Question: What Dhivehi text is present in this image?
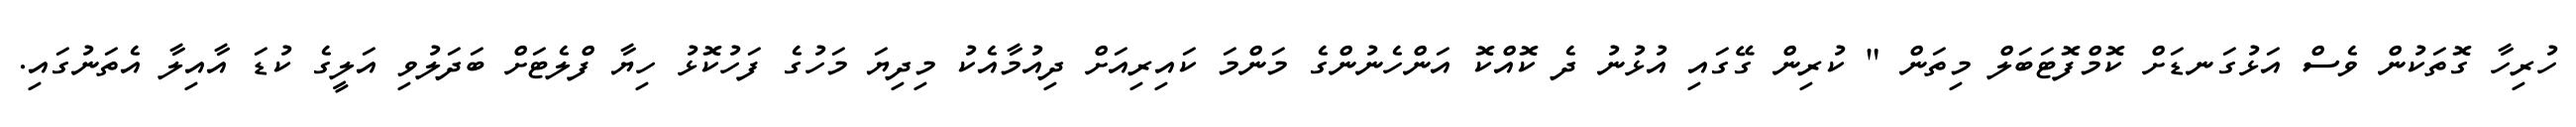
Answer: ހުރިހާ ގޮތަކުން ވެސް އަޅުގަނޑަށް ކޮމްފޮޓަބަލް މިތަން " ކުރިން ގޭގައި އުޅުނު ދެ ކޮއްކޮ އަންހެނުންގެ މަންމަ ކައިރިއަށް ދިއުމާއެކު މިދިޔަ މަހުގެ ފަހުކޮޅު ހިޔާ ފްލެޓަށް ބަދަލުވި އަލީގެ ކުޑަ އާއިލާ އެތަނުގައި.